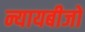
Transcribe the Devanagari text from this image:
न्यायबीजों